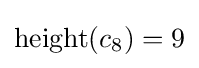
\operatorname {height} (c_{8})=9